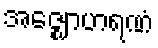
အဇ္ဈောဟရဏံ